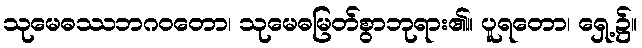
သုမေဓဿဘဂဝတော၊ သုမေဓမြတ်စွာဘုရား၏။ ပူရတော၊ ရှေ့၌။